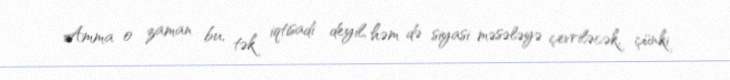
Amma o zaman bu, tək iqtisadi deyil, həm də siyasi məsələyə çevriləcək, çünki